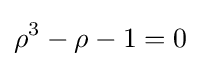
\rho ^{3}-\rho -1=0